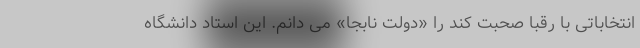
انتخاباتی با رقبا صحبت کند را «دولت نابجا» می دانم. این استاد دانشگاه